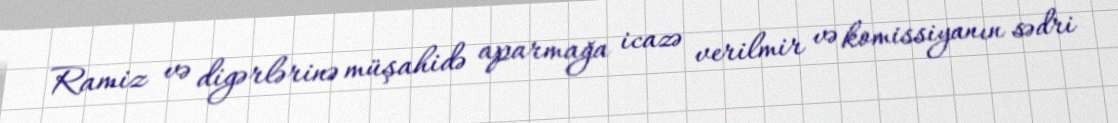
Ramiz və digərlərinə müşahidə aparmağa icazə verilmir və komissiyanın sədri